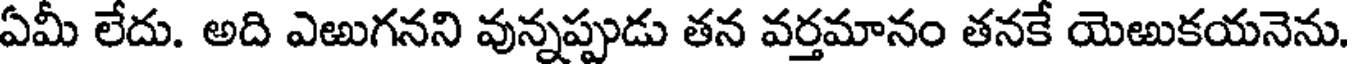
ఏమీ లేదు. అది ఎఱుగనని వున్నప్పుడు తన వర్తమానం తనకే యెఱుకయనెను